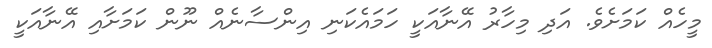
މީހެއް ކަމަށެވެ. އަދި މިހާރު އޭނާއަކީ ހަމައެކަނި އިންސާނެއް ނޫން ކަމަށާއި އޭނާއަކީ